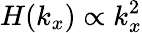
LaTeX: H(k_{x})\propto k_{x}^{2}